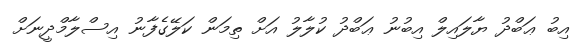
އިބު ޢަބްދު ޔާލައިލް އިބުނު ޢަބްދު ކުލާލު އަށް ތިމަން ކަލޭގެފާނު އިސްލާމްދީނަށް